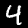
Label: 4